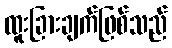
ထူးခြားချက်ဖြစ်သည်